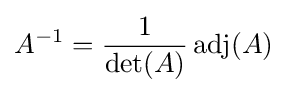
A^{-1}={\frac {1}{\det(A)}}\operatorname {adj} (A)